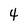
Character: 4